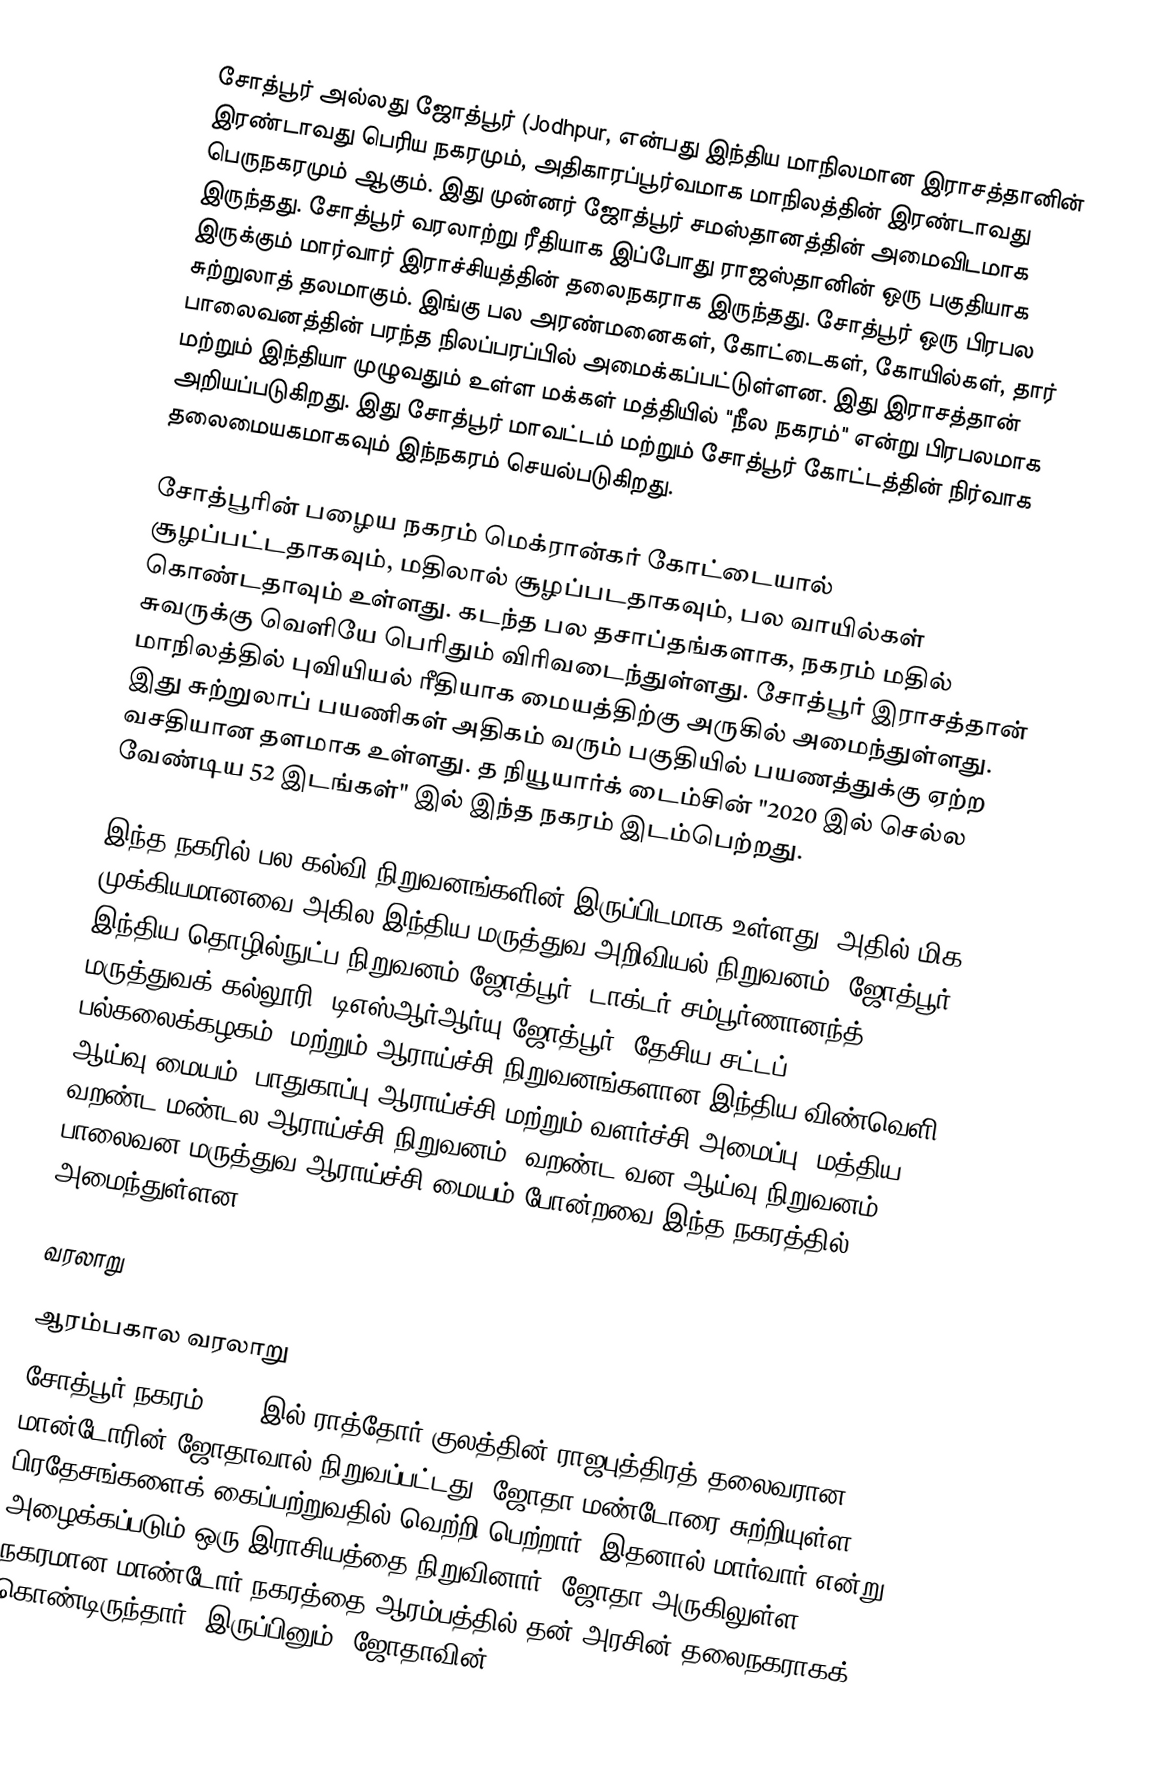
சோத்பூர் அல்லது ஜோத்பூர் (Jodhpur,  என்பது இந்திய மாநிலமான இராசத்தானின் இரண்டாவது பெரிய நகரமும், அதிகாரப்பூர்வமாக மாநிலத்தின் இரண்டாவது பெருநகரமும் ஆகும். இது முன்னர் ஜோத்பூர் சமஸ்தானத்தின் அமைவிடமாக இருந்தது. சோத்பூர் வரலாற்று ரீதியாக இப்போது ராஜஸ்தானின் ஒரு பகுதியாக இருக்கும் மார்வார் இராச்சியத்தின் தலைநகராக இருந்தது. சோத்பூர் ஒரு பிரபல சுற்றுலாத் தலமாகும். இங்கு பல அரண்மனைகள், கோட்டைகள், கோயில்கள், தார் பாலைவனத்தின் பரந்த நிலப்பரப்பில் அமைக்கப்பட்டுள்ளன. இது இராசத்தான் மற்றும் இந்தியா முழுவதும் உள்ள மக்கள் மத்தியில் "நீல நகரம்" என்று பிரபலமாக அறியப்படுகிறது.  இது சோத்பூர் மாவட்டம் மற்றும் சோத்பூர் கோட்டத்தின் நிர்வாக தலைமையகமாகவும் இந்நகரம் செயல்படுகிறது.

சோத்பூரின் பழைய நகரம் மெக்ரான்கர் கோட்டையால் சூழப்பட்டதாகவும், மதிலால் சூழப்படதாகவும், பல வாயில்கள் கொண்டதாவும் உள்ளது.  கடந்த பல தசாப்தங்களாக, நகரம் மதில் சுவருக்கு வெளியே பெரிதும் விரிவடைந்துள்ளது. சோத்பூர் இராசத்தான் மாநிலத்தில் புவியியல் ரீதியாக மையத்திற்கு அருகில் அமைந்துள்ளது. இது சுற்றுலாப் பயணிகள் அதிகம் வரும் பகுதியில் பயணத்துக்கு ஏற்ற வசதியான தளமாக உள்ளது.   த நியூயார்க் டைம்சின் "2020 இல் செல்ல வேண்டிய 52 இடங்கள்" இல் இந்த நகரம் இடம்பெற்றது.

இந்த நகரில் பல கல்வி நிறுவனங்களின் இருப்பிடமாக உள்ளது. அதில் மிக முக்கியமானவை அகில இந்திய மருத்துவ அறிவியல் நிறுவனம், ஜோத்பூர், இந்திய தொழில்நுட்ப நிறுவனம் ஜோத்பூர், டாக்டர் சம்பூர்ணானந்த் மருத்துவக் கல்லூரி, டிஎஸ்ஆர்ஆர்யு ஜோத்பூர்,  தேசிய சட்டப் பல்கலைக்கழகம்,  மற்றும் ஆராய்ச்சி நிறுவனங்களான இந்திய விண்வெளி ஆய்வு மையம், பாதுகாப்பு ஆராய்ச்சி மற்றும் வளர்ச்சி அமைப்பு, மத்திய வறண்ட மண்டல ஆராய்ச்சி நிறுவனம், வறண்ட வன ஆய்வு நிறுவனம், பாலைவன மருத்துவ ஆராய்ச்சி மையம் போன்றவை இந்த நகரத்தில் அமைந்துள்ளன.

வரலாறு

ஆரம்பகால வரலாறு
சோத்பூர் நகரம் 1459 இல் ராத்தோர் குலத்தின் ராஜபுத்திரத் தலைவரான மான்டோரின் ஜோதாவால் நிறுவப்பட்டது. ஜோதா மண்டோரை சுற்றியுள்ள பிரதேசங்களைக் கைப்பற்றுவதில் வெற்றி பெற்றார். இதனால் மார்வார் என்று அழைக்கப்படும் ஒரு இராசியத்தை நிறுவினார். ஜோதா அருகிலுள்ள நகரமான மாண்டோர் நகரத்தை ஆரம்பத்தில் தன் அரசின் தலைநகராகக் கொண்டிருந்தார். இருப்பினும், ஜோதாவின்